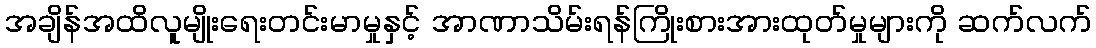
အချိန်အထိလူမျိုးရေးတင်းမာမှုနှင့် အာဏာသိမ်းရန်ကြိုးစားအားထုတ်မှုများကို ဆက်လက်